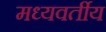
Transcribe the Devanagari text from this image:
मध्यवर्तीय